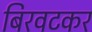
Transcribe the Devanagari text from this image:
बिरवटकर